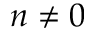
n \ne 0